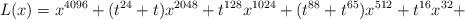
LaTeX: \begin{align*}L(x)=x^{4096} + (t^{24} + t)x^{2048} + t^{128}x^{1024} + (t^{88} + t^{65})x^{512} + t^{16}x^{32} +\end{align*}